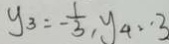
y _ { 3 } = - \frac { 1 } { 3 } , y _ { 4 } \cdot 3